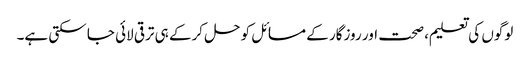
لوگوں کی تعلیم، صحت اور روزگار کے مسائل کو حل کرکے ہی ترقی لائی جا سکتی ہے۔